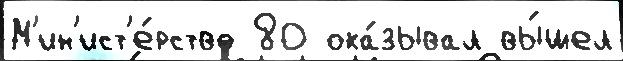
М'ин'ист'е́рство 80 ока́зывал вы́шел